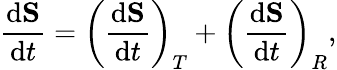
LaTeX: \frac{\mathrm{d}{\mathbf S}}{\mathrm{d}t}=\left(\frac{\mathrm{d}{\mathbf S}}{\mathrm{d}t}\right)_{T}+\left(\frac{\mathrm{d}{\mathbf S}}{\mathrm{d}t}\right)_{R},